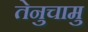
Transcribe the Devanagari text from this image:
तेनुचामु